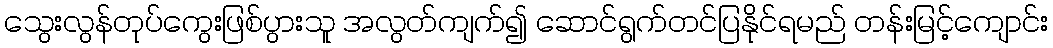
သွေးလွန်တုပ်ကွေးဖြစ်ပွားသူ အလွတ်ကျက်၍ ဆောင်ရွက်တင်ပြနိုင်ရမည် တန်းမြင့်ကျောင်း